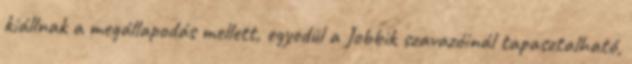
kiállnak a megállapodás mellett, egyedül a Jobbik szavazóinál tapasztalható,